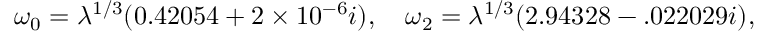
\omega _ { 0 } = \lambda ^ { 1 / 3 } ( 0 . 4 2 0 5 4 + 2 \times 1 0 ^ { - 6 } i ) , \quad \omega _ { 2 } = \lambda ^ { 1 / 3 } ( 2 . 9 4 3 2 8 - . 0 2 2 0 2 9 i ) ,